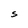
Character: S